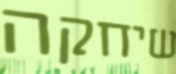
שיחקה